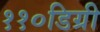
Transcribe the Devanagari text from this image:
११०डिग्री